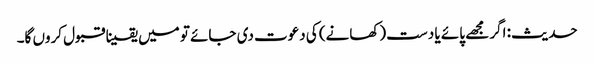
حدیث: اگر مجھے پائے یا دست (کھانے) کی دعوت دی جائے تو میں یقینا قبول کروں گا۔